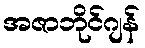
အဇာဘိုင်ဂျန်